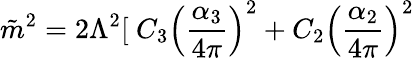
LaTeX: \tilde{m}^{2}={2\Lambda^{2}}[~C_{3}\left({\frac{\alpha_{3}}{4\pi}}\right)^{2}+C_{2}\left({\frac{\alpha_{2}}{4\pi}}\right)^{2}